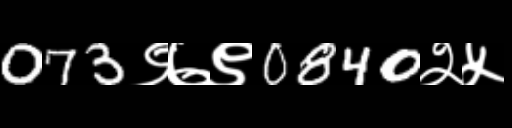
Text: 073९७९0840२५